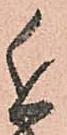
近